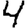
Digit: 4